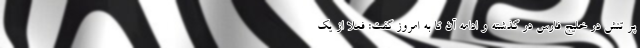
پر تنش در خلیج فارس در گذشته و ادامه آن تا به امروز گفت: فعلا از یک